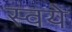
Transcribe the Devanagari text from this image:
स्वये